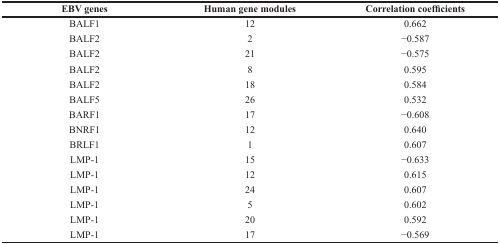
| EBV genes | Human gene modules | Correlation coefficients |
 | --- | --- | --- |
 | BALF1 | 12 | 0.662 |
 | BALF2 | 2 | −0.587 |
 | BALF2 | 21 | −0.575 |
 | BALF2 | 8 | 0.595 |
 | BALF2 | 18 | 0.584 |
 | BALF5 | 26 | 0.532 |
 | BARF1 | 17 | −0.608 |
 | BNRF1 | 12 | 0.640 |
 | BRLF1 | 1 | 0.607 |
 | LMP-1 | 15 | −0.633 |
 | LMP-1 | 12 | 0.615 |
 | LMP-1 | 24 | 0.607 |
 | LMP-1 | 5 | 0.602 |
 | LMP-1 | 20 | 0.592 |
 | LMP-1 | 17 | −0.569 |